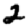
Digit: 2